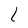
Character: l